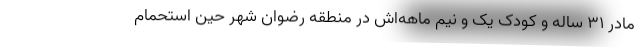
مادر ۳۱ ساله و کودک یک و نیم ماهه‌اش در منطقه رضوان شهر حین استحمام